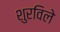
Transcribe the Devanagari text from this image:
शुरविले